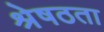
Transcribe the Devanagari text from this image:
श्रेषठता